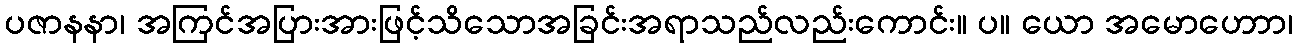
ပဇာနနာ၊ အကြင်အပြားအားဖြင့်သိသောအခြင်းအရာသည်လည်းကောင်း။ ပ။ ယော အမောဟောာ၊